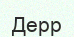
Дерр